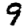
Digit: 9